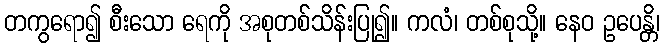
တကွရော၍ စီးသော ရေကို အစုတစ်သိန်းပြု၍။ ကလံ၊ တစ်စုသို့။ နေဝ ဥပေန္တိ၊